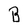
Character: B